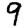
Digit: 9